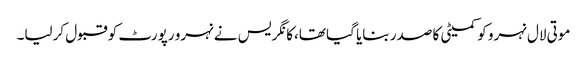
موتی لال نہرو کو کمیٹی کا صدر بنایا گیا تھا،کانگریس نے نہرو رپورٹ کو قبول کرلیا۔